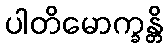
ပါတိမောက္ခန္တိ